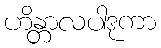
ဟိန္တာလပါဒုကာ